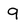
Character: 9